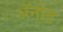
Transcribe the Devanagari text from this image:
अॅनोड